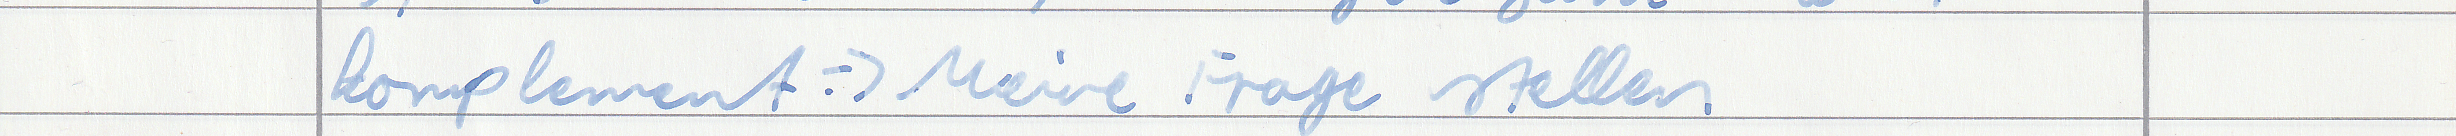
komplement => Meine Frage stellen